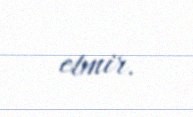
etmir.